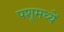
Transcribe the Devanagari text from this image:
पशूमध्यें